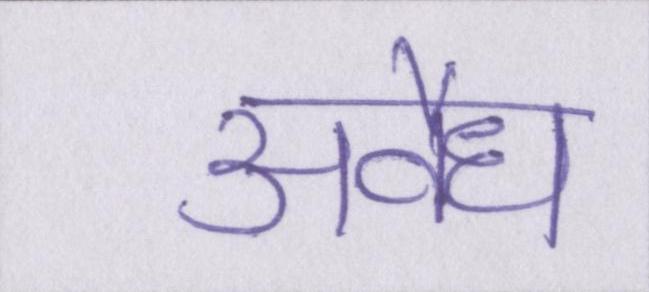
अवैध